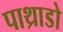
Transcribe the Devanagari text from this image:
पाथ्राडो